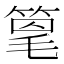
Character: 𫂌